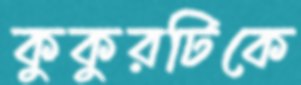
কুকুরটিকে